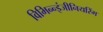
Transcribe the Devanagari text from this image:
विभिन्‍न्‍इंजीनियरिंग